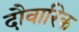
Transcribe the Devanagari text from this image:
दौवारिक